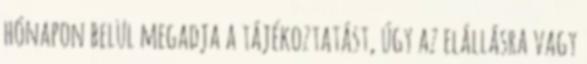
hónapon belül megadja a tájékoztatást, úgy az elállásra vagy